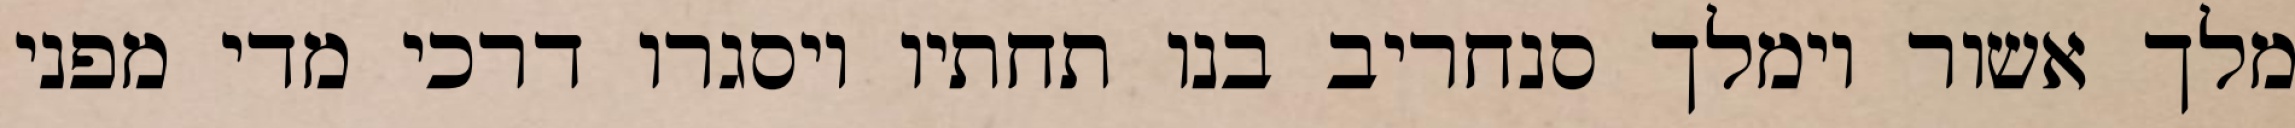
מלך אשור וימלך סנחריב בנו תחתיו ויסגרו דרכי מדי מפני